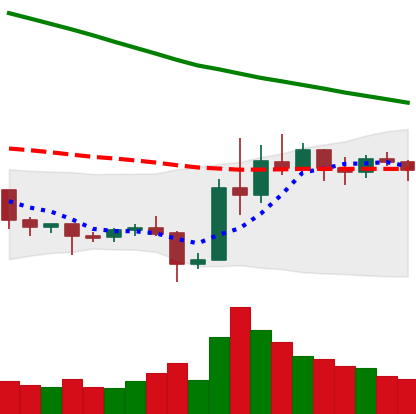
Ticker: EOS-USD
Chart end date: 2019-11-03
Forward return: 4.158%
Label: up_3_5